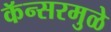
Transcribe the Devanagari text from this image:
कॅन्सरमुळे